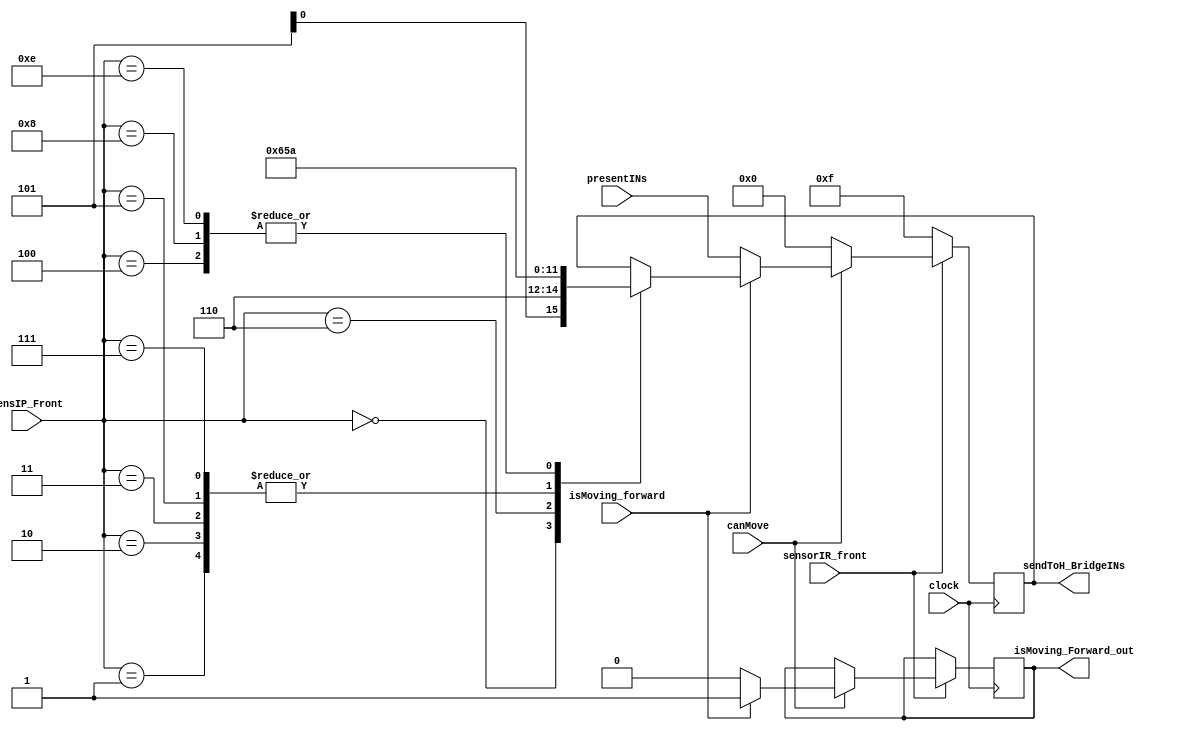
`timescale 10ns / 1ps
//////////////////////////////////////////////////////////////////////////////////
// Company:
// Engineer:
//
// Design Name:
// Module Name: decisionMaking
// Project Name:
// Target Devices:
// Tool Versions:
// Description:
//
// Dependencies:
//
// Revision:
// Revision 0.01 - File Created
// Additional Comments:
//
//////////////////////////////////////////////////////////////////////////////////
//for instantiation
//movingForward U1(
//    .clock(),
//    //boolean
//    .canMove(), //1 - can move; 0 - can't move, waiting for audio signal commandl
//    .isMoving_forward(),//1 - moving forward; 0 - moving in reverse
//    //sensors
//    .sensorIR_front(), //1 - detected vehicule in front of the rover, starts hard stop
//    .sensIP_Front(), //gets inputs from IP sensor module\
//    //current IN1,IN2,IN3, AND IN4 - for keeping the current orientation
//    .presentINs(),
//    .sendToH_BridgeINs(), //sends inputs to routing module
//    .isMoving_Forward_out() //just to make sure it's working
//    );

module movingForward(
    input clock,

    //boolean
    input canMove, //1 - can move; 0 - can't move, waiting for audio signal commandl
    input isMoving_forward,//1 - moving forward; 0 - moving in reverse

    //sensors
    input sensorIR_front, //1 - detected vehicule in front of the rover, starts hard stop
    input [3:0] sensIP_Front, //gets inputs from IP sensor module\

    //current IN1,IN2,IN3, AND IN4 - for keeping the current orientation
    input [3:0] presentINs,

    output [3:0]sendToH_BridgeINs, //sends inputs to routing module
    output isMoving_Forward_out //just to make sure it's working
    );

    //reg [5:0]motorSpeed_out_reg;
    reg [3:0]sendToH_BridgeINs_reg;
    reg [27:0] countTimeStopped_in_clkTicks;
    reg [3:0] intertialStop_reg;
    wire [27:0] countedUpTo_wire;
    reg isMoving_Forward_out_reg;
    //reg notMovingAndWaitingForAudio_reg;

    parameter INTERTIAL_STOP  =   4'b0000;
    parameter HARD_STOP    =      4'b1111;
    parameter FORWARD =           4'b0110;
    parameter REVERSE   =         4'b1001;
    parameter TURN_RIGHT  =       4'b0101;
    parameter TURN_LEFT    =      4'b1010;

//tests for IR sensor and IP sensors
    always@(posedge clock) 
    begin
        if (~sensorIR_front)
            sendToH_BridgeINs_reg <= HARD_STOP;
        else //can or cannot move
        begin 
          if ( canMove ) begin
              if (isMoving_forward ) begin
                    isMoving_Forward_out_reg <= 1;
                    case(sensIP_Front)
                        4'b0000 : sendToH_BridgeINs_reg <= intertialStop_reg;
                        4'b0001 : sendToH_BridgeINs_reg <= TURN_RIGHT;
                        4'b0010 : sendToH_BridgeINs_reg <= TURN_RIGHT;
                        4'b0011 : sendToH_BridgeINs_reg <= TURN_RIGHT;
                        4'b0100 : sendToH_BridgeINs_reg <= TURN_LEFT;
                        4'b0101 : sendToH_BridgeINs_reg <= TURN_RIGHT;
                        4'b0110 : sendToH_BridgeINs_reg <= FORWARD;
                        4'b0111 : sendToH_BridgeINs_reg <= TURN_RIGHT;
                        4'b1000 : sendToH_BridgeINs_reg <= TURN_LEFT;
                        4'b1110 : sendToH_BridgeINs_reg <= TURN_LEFT;
                        default : sendToH_BridgeINs_reg <= sendToH_BridgeINs_reg;
                    endcase
              end // end of if (isMoving_forward )
              else begin //else of  if (isMoving_forward ) == NOT isMoving_forward
                sendToH_BridgeINs_reg <= presentINs;
                isMoving_Forward_out_reg <= 0;
              end
          end // end of if ( canMove )
          else // else of ( canMove ) == NOT canMove
            sendToH_BridgeINs_reg <= INTERTIAL_STOP;
        end // end of can or cannot move
    end //END of always@(posedge clock)

    assign sendToH_BridgeINs = sendToH_BridgeINs_reg;
    assign isMoving_Forward_out = isMoving_Forward_out_reg;
endmodule